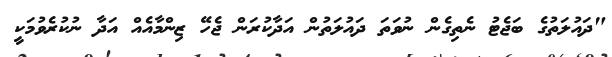
"ދައުލަތުގެ ބަޖެޓު ނެތިގެން ނުވަތަ ދައުލަތުން އަދާކުރަން ޖެހޭ ޒިންމާއެއް އަދާ ނުކުރެވުމަކީ